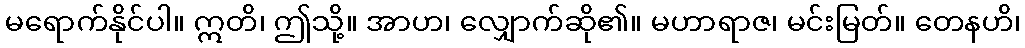
မရောက်နိုင်ပါ။ ဣတိ၊ ဤသို့။ အာဟ၊ လျှောက်ဆို၏။ မဟာရာဇ၊ မင်းမြတ်။ တေနဟိ၊